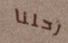
رحلنا